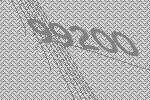
99200